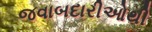
જવાબદારીઓથી